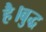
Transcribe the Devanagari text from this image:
है।बुद्ध